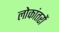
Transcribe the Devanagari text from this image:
लोकांतरों